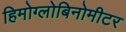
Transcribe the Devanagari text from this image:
हिमोग्लोबिनोमीटर